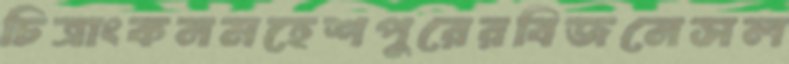
চিত্রাংকনমহেশপুরেরবিজনেসল